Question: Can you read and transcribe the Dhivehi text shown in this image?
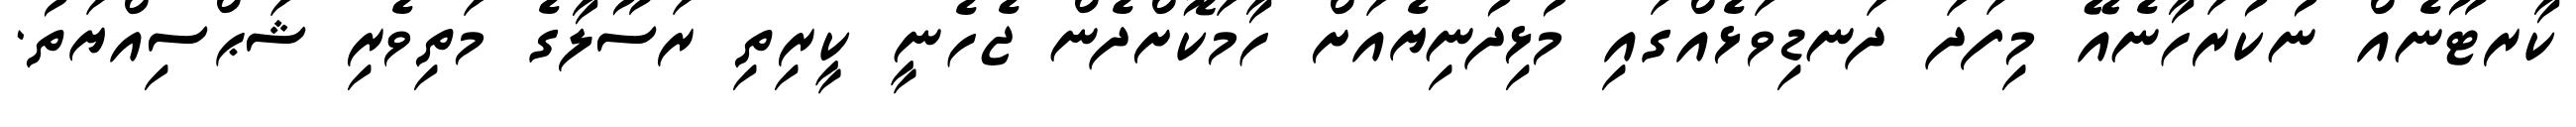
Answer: ކާރޓޫނެއް ނުކުރަހާނެއޭ މިފަދަ ދަނޑިވަޅެއްގައި މުޅިދުނިޔެއަށް ހާމަކޮށްދެން ޖެހެނީ ކީރިތި ރަސޫލާގެ މަތިވެރި ޝަޙްސިއްޔަތު.